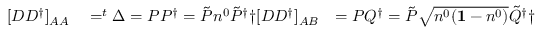
\begin{array} { r l r l r } { [ D D ^ { \dagger } ] _ { A A } } & { { } = ^ { t } \Delta = P P ^ { \dagger } = \tilde { P } n ^ { 0 } \tilde { P } ^ { \dagger } \dag [ D D ^ { \dagger } ] _ { A B } } & { = P Q ^ { \dagger } = \tilde { P } \sqrt { n ^ { 0 } ( \mathbf { 1 } - n ^ { 0 } ) } \tilde { Q } ^ { \dagger } \dag } & { { } \qquad = \tilde { P } \sqrt { n ^ { 0 } ( \mathbf { 1 } - n ^ { 0 } ) } \tilde { P } ^ { \dagger } \tilde { P } \dag , \tilde { Q } ^ { \dagger } \dag } & { \qquad = \sqrt { ^ t \Delta ( \mathbf { 1 } - ^ { t } \Delta ) } \dag , \tilde { P } \tilde { Q } ^ { \dagger } \dag , . } \end{array}